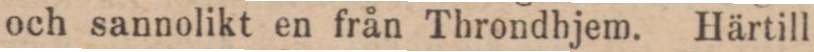
och sannolikt en från Throndhjem. Härtill